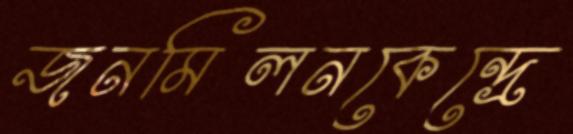
জনমিলনকেন্দ্রে